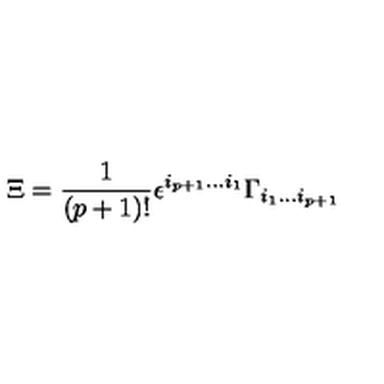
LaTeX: \Xi = { \frac { 1 } { ( p + 1 ) ! } } \epsilon ^ { i _ { p + 1 } \dots i _ { 1 } } \Gamma _ { i _ { 1 } \dots i _ { p + 1 } }